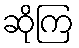
ဆိုကြ